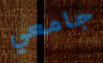
جامعي